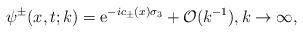
LaTeX: \begin{align*}&\psi^{\pm}(x,t;k)=\mathrm{e}^{ -ic_\pm(x)\sigma_3}+\mathcal{O}(k^{-1}),k\rightarrow\infty,\end{align*}